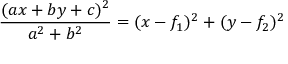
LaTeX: { \frac { ( a x + b y + c ) ^ { 2 } } { a ^ { 2 } + b ^ { 2 } } } = ( x - f _ { 1 } ) ^ { 2 } + ( y - f _ { 2 } ) ^ { 2 }